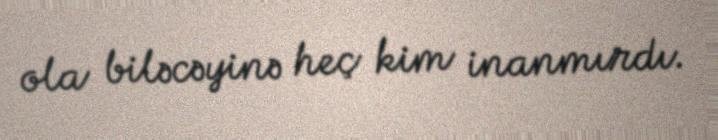
ola biləcəyinə heç kim inanmırdı.